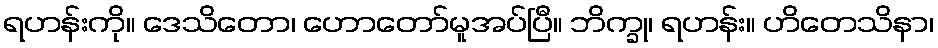
ရဟန်းကို။ ဒေသိတော၊ ဟောတော်မူအပ်ပြီ။ ဘိက္ခု၊ ရဟန်း။ ဟိတေသိနာ၊